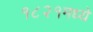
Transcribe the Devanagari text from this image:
१८२१मध्ये